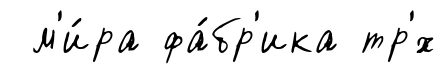
м'и́ра фа́бр'ика тр'́х